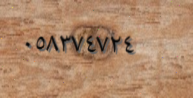
٠٥٨٣٧٤٧٢٤